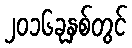
၂၀၁၆ခုနှစ်တွင်